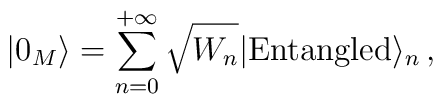
|0_M\rangle = \sum_{n=0}^{+\infty} \sqrt{W_n} |{\rm Entangled} \rangle_n  \,,